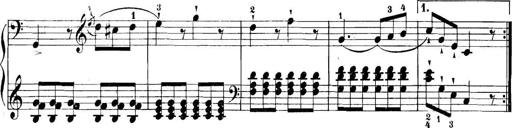
Title: 11 Sonatinas
Composer: Anton Diabelli